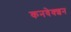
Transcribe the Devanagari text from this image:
कनवेक्शन